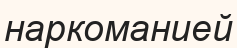
наркоманией